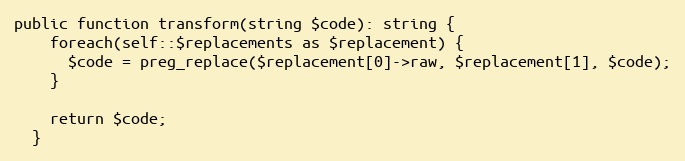
Language: PHP
public function transform(string $code): string {
    foreach(self::$replacements as $replacement) {
      $code = preg_replace($replacement[0]->raw, $replacement[1], $code);
    }

    return $code;
  }